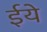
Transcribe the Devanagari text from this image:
ईये